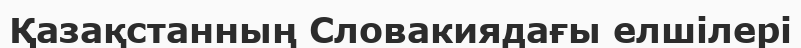
Қазақстанның Словакиядағы елшілері